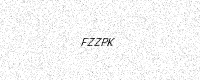
Text: FZZPK